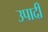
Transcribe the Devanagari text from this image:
उपादी